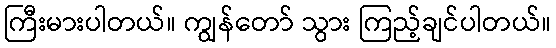
ကြီးမားပါတယ်။ ကျွန်တော် သွား ကြည့်ချင်ပါတယ်။